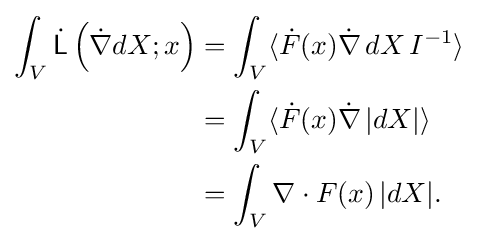
{\begin{aligned}\int _{V}{\dot {\mathsf {L}}}\left({\dot {\nabla }}dX;x\right)&=\int _{V}\langle {\dot {F}}(x){\dot {\nabla }}\,dX\,I^{-1}\rangle \\&=\int _{V}\langle {\dot {F}}(x){\dot {\nabla }}\,|dX|\rangle \\&=\int _{V}\nabla \cdot F(x)\,|dX|.\end{aligned}}